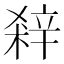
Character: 𨐘